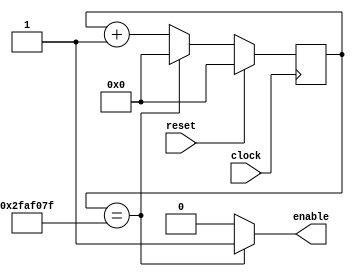
`default_nettype none
`timescale 1ns / 1ps

module divider #(parameter DELAY=50000000) (
  input wire reset,
  input wire clock,
  output wire enable);
  
  reg  [31:0] count;
  wire [31:0] next_count;

  always @(posedge clock)
  begin
    if (reset)
      count <= 32'b0;
    else
      count <= next_count;
  end
  
  assign enable = (count == DELAY - 1) ? 1'b1 : 1'b0;
  assign next_count = (count == DELAY - 1) ? 32'b0 : count + 1;

endmodule